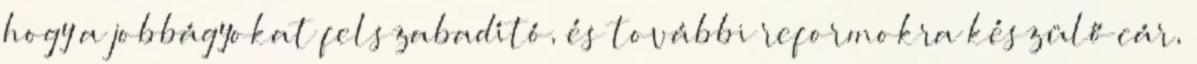
hogy a jobbágyokat felszabadító, és további reformokra készülő cár,